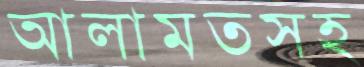
আলামতসহ